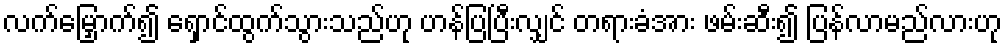
လက်မြှောက်၍ ရှောင်ထွက်သွားသည်ဟု ဟန်ပြပြီးလျှင် တရားခံအား ဖမ်းဆီး၍ ပြန်လာမည်လားဟု